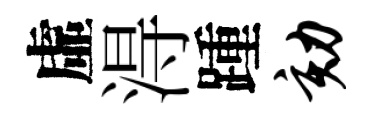
虛淂踵劾